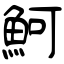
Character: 魺